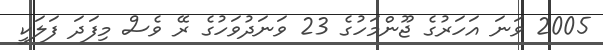
2005 ވަނަ އަހަރުގެ ޖޫންމަހުގެ 23 ވަނަދުވަހުގެ ރޭ ވެސް މިފަދަ ފަލަކީ